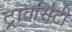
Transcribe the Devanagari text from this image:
ट्रावर्सिटी